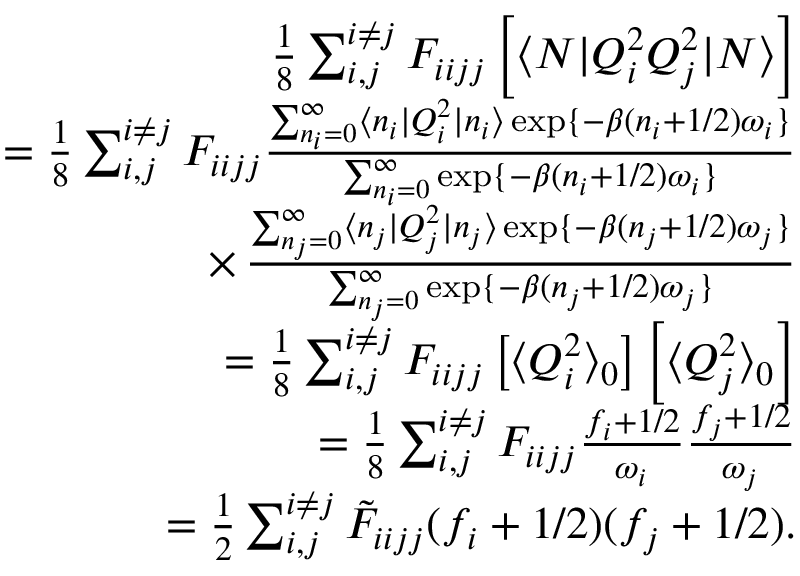
\begin{array} { r l r } & { } & { \frac { 1 } { 8 } \sum _ { i , j } ^ { i \neq j } F _ { i i j j } \left[ \langle N | Q _ { i } ^ { 2 } Q _ { j } ^ { 2 } | N \rangle \right] } \\ & { } & { = \frac { 1 } { 8 } \sum _ { i , j } ^ { i \neq j } F _ { i i j j } \frac { \sum _ { n _ { i } = 0 } ^ { \infty } \langle n _ { i } | Q _ { i } ^ { 2 } | n _ { i } \rangle \exp \{ - \beta ( n _ { i } + 1 / 2 ) \omega _ { i } \} } { \sum _ { n _ { i } = 0 } ^ { \infty } \exp \{ - \beta ( n _ { i } + 1 / 2 ) \omega _ { i } \} } } \\ & { } & { \, \, \, \, \, \times \, \frac { \sum _ { n _ { j } = 0 } ^ { \infty } \langle n _ { j } | Q _ { j } ^ { 2 } | n _ { j } \rangle \exp \{ - \beta ( n _ { j } + 1 / 2 ) \omega _ { j } \} } { \sum _ { n _ { j } = 0 } ^ { \infty } \exp \{ - \beta ( n _ { j } + 1 / 2 ) \omega _ { j } \} } } \\ & { } & { = \frac { 1 } { 8 } \sum _ { i , j } ^ { i \neq j } F _ { i i j j } \left[ \langle Q _ { i } ^ { 2 } \rangle _ { 0 } \right] \left[ \langle Q _ { j } ^ { 2 } \rangle _ { 0 } \right] } \\ & { } & { = \frac { 1 } { 8 } \sum _ { i , j } ^ { i \neq j } F _ { i i j j } \frac { f _ { i } + 1 / 2 } { \omega _ { i } } \frac { f _ { j } + 1 / 2 } { \omega _ { j } } } \\ & { } & { = \frac { 1 } { 2 } \sum _ { i , j } ^ { i \neq j } \tilde { F } _ { i i j j } ( f _ { i } + 1 / 2 ) ( f _ { j } + 1 / 2 ) . } \end{array}